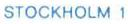
STOCKHOLM 1